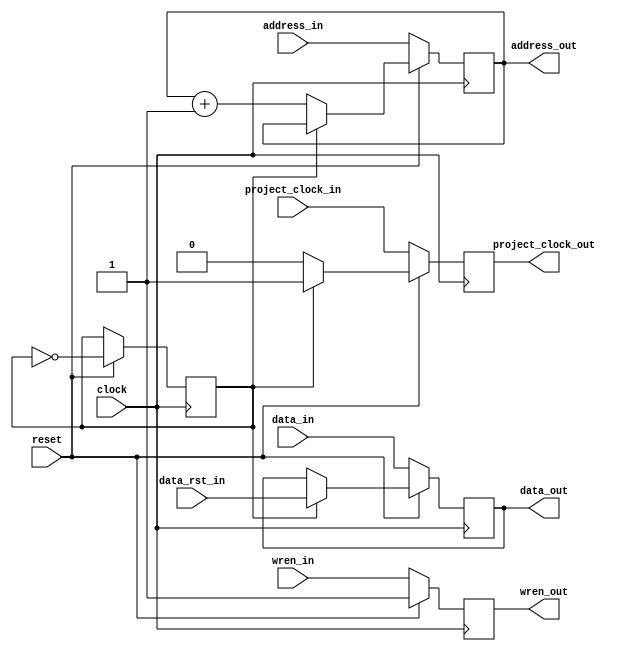
// data_memory_reset_controller.v

module data_memory_reset_controller(
	input wire clock,
	input wire project_clock_in,
	input wire reset,

	input wire [31:0] data_in,
	input wire [31:0] data_rst_in,
	input wire [5:0] address_in,
	input wire wren_in,

	output reg [31:0] data_out,
	output reg [5:0] address_out,
	output reg wren_out,
	output reg project_clock_out
);

	initial begin
		address_out = 0;
	end

	reg flip_flop;

	always @(posedge clock) begin
		/* if there is reset button, cycles thru reset data and writes
		* to in-use data while button pressed */
		if (reset == 1'b1) begin
			wren_out = 1;
			if (flip_flop) begin
				data_out = data_rst_in;
				project_clock_out = 1;
			end else begin
				address_out = address_out + 1;
				project_clock_out = 0;
			end
			flip_flop = !flip_flop;
		/* if there is no reset button, act as passthru */
		end else begin
			address_out = address_in;
			data_out = data_in;
			wren_out = wren_in;
			project_clock_out = project_clock_in;
		end
	end

endmodule